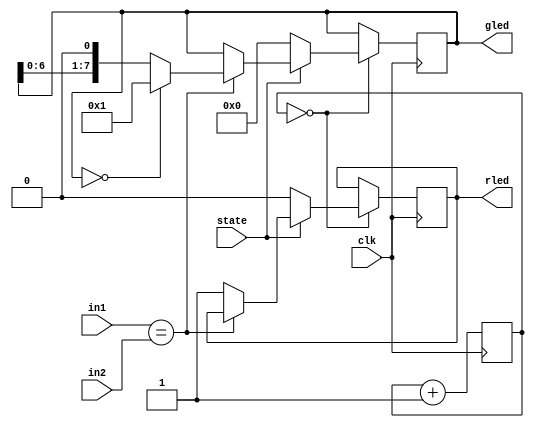
module turn_slot(input [3:0] in1, input [3:0] in2, input state, input clk, output reg [7:0] gled, output reg rled);

reg [19:0] buff;

always @(posedge clk)
begin
if (buff == 0) begin
    if (state) begin
		if (in1 == in2) begin
			if (gled == 0) begin
				gled <= 1;
			end else begin
				gled <= (gled << 1);
			end
		end else begin
			rled <= 1;
		end
    end else begin
		gled <= 0;
		rled <= 0;
	 end
end
buff <= #1 buff + 1;
end

endmodule